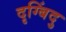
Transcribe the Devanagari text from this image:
दृग्बिंदु